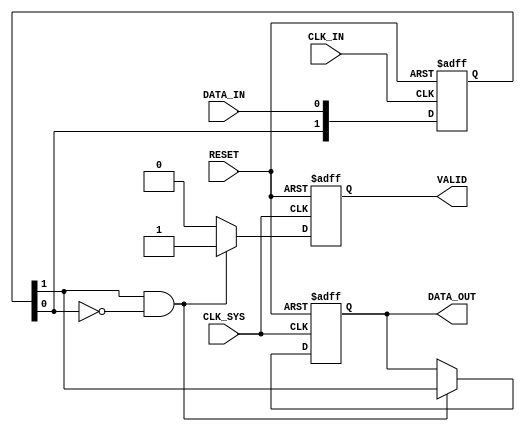
module async_to_sync_converter (
    input wire DATA_IN,       // Asynchronous Data Input
    input wire CLK_IN,        // Asynchronous Clock Input
    input wire CLK_SYS,       // System Clock
    input wire RESET,         // Asynchronous Reset
    output reg DATA_OUT,      // Synchronous Data Output
    output reg VALID          // Valid Signal
);

    // Internal signals
    reg [1:0] sync_ff;        // Dual flip-flop synchronizer
    reg data_in_prev;         // Previous value of DATA_IN

    // Synchronizer for DATA_IN using dual flip-flops
    always @(posedge CLK_IN or posedge RESET) begin
        if (RESET) begin
            sync_ff <= 2'b00;
        end else begin
            sync_ff <= {sync_ff[0], DATA_IN}; // Shift in DATA_IN
        end
    end

    // Edge detection for DATA_IN
    always @(posedge CLK_SYS or posedge RESET) begin
        if (RESET) begin
            DATA_OUT <= 1'b0;
            VALID <= 1'b0;
            data_in_prev <= 1'b0;
        end else begin
            // Detect rising edge of synchronized DATA_IN
            if (sync_ff[1] && !sync_ff[0]) begin
                DATA_OUT <= sync_ff[1]; // Capture the synchronized data
                VALID <= 1'b1;          // Assert VALID signal
            end else begin
                VALID <= 1'b0;          // Deassert VALID signal if no edge detected
            end
            data_in_prev <= sync_ff[1]; // Update previous data
        end
    end

endmodule